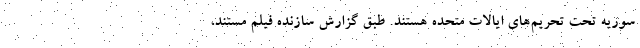
سوریه تحت تحریم‌های ایالات متحده هستند. طبق گزارش سازنده فیلم مستند،